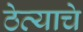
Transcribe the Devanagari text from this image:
ठेव्याचे